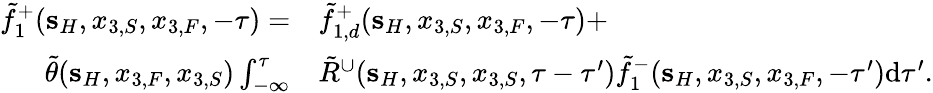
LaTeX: \begin{array}{rl}{\tilde{f}_{1}^{+}({\mathbf s}_{H},x_{3,S},x_{3,F},-\tau)=}&{{}\tilde{f}_{1,d}^{+}({\mathbf s}_{H},x_{3,S},x_{3,F},-\tau)+}\\ {\tilde{\theta}({\mathbf s}_{H},x_{3,F},x_{3,S})\int_{-\infty}^{\tau}}&{{}\tilde{R}^{\cup}({\mathbf s}_{H},x_{3,S},x_{3,S},\tau-\tau^{\prime})\tilde{f}_{1}^{-}({\mathbf s}_{H},x_{3,S},x_{3,F},-\tau^{\prime})\mathrm{d}\tau^{\prime}.}\end{array}